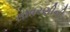
સાવરણીની